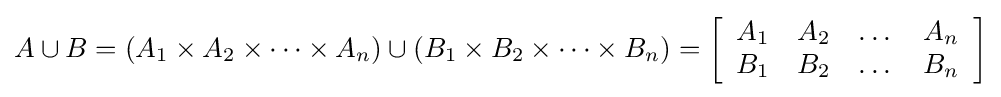
A\cup B=(A_{1}\times A_{2}\times \dots \times A_{n})\cup (B_{1}\times B_{2}\times \dots \times B_{n})=\left[{\begin{array}{cccc}A_{1}&A_{2}&\dots &A_{n}\\B_{1}&B_{2}&\dots &B_{n}\end{array}}\right]